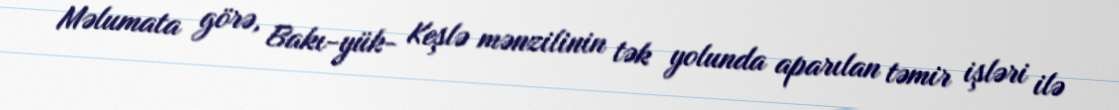
Məlumata görə, Bakı-yük- Keşlə mənzilinin tək yolunda aparılan təmir işləri ilə